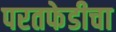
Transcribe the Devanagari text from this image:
परतफेडीचा